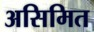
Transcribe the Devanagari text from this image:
असिमित